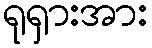
ရုရှားအား